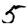
Digit: 5